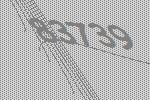
83739